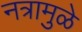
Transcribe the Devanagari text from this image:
नत्रामुळे